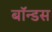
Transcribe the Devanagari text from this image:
बॉन्डस